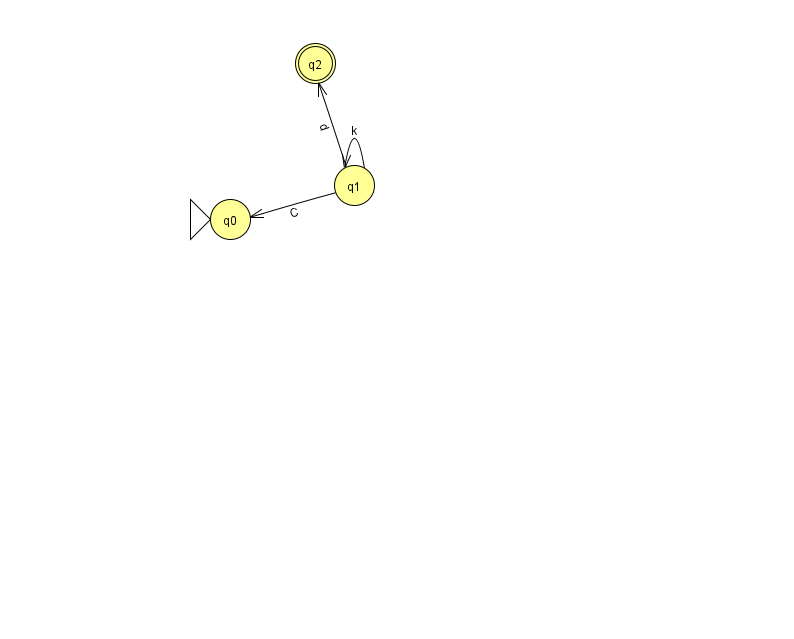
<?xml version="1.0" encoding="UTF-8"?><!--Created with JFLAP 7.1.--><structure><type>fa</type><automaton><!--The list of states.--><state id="0" name="q0"><x>230.0</x><y>206.0</y><initial/></state><state id="1" name="q1"><x>354.0</x><y>172.0</y></state><state id="2" name="q2"><x>315.0</x><y>50.0</y><final/></state><!--The list of transitions.--><transition><from>1</from><to>0</to><read>C</read></transition><transition><from>1</from><to>2</to><read>d</read></transition><transition><from>1</from><to>1</to><read>k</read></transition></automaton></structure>